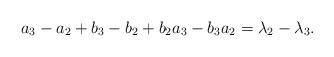
LaTeX: \begin{align*} a_3-a_2+b_3-b_2+b_2a_3-b_3a_2=\lambda_2-\lambda_3. \end{align*}